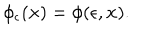
\phi _ { \epsilon } ( { \bf x } ) = \phi ( \epsilon , { \bf x } ) .